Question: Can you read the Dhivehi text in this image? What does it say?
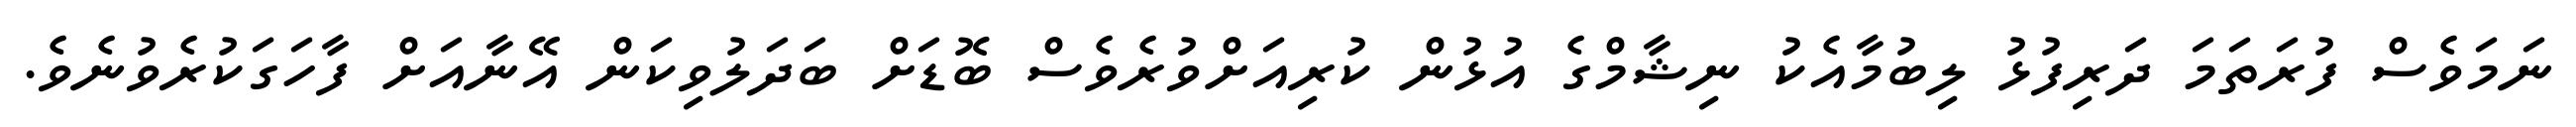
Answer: ނަމަވެސް ފުރަތަމަ ދަރިފުޅު ލިބުމާއެކު ނިޝާމްގެ އުޅުން ކުރިއަށްވުރެވެސް ބޮޑަށް ބަދަލުވިކަން އޭނާއަށް ފާހަގަކުރެވުނެވެ.